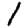
Digit: 1